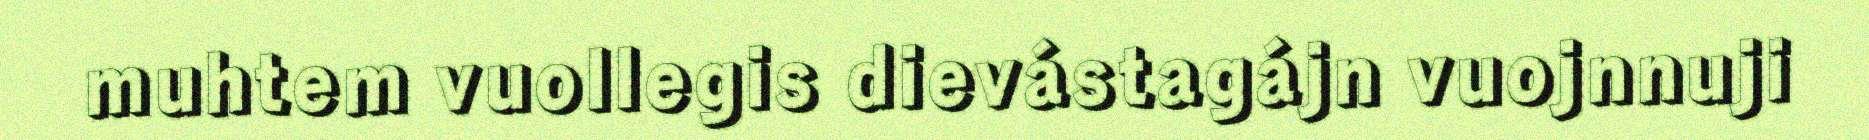
muhtem vuollegis dievástagájn vuojnnuji